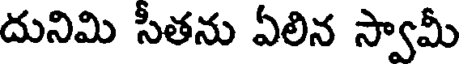
దునిమి సీతను ఏలిన స్వామీ